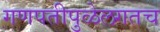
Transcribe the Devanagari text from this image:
गणपतीपुळेलगतच